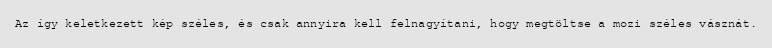
Az így keletkezett kép széles, és csak annyira kell felnagyítani, hogy megtöltse a mozi széles vásznát.